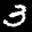
Label: 3